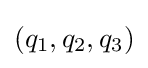
\left(q_{1},q_{2},q_{3}\right)